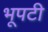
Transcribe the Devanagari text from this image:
भूपटी